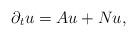
LaTeX: \begin{align*}\partial_{t}u=Au+Nu,\end{align*}